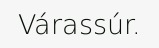
Várassúr.